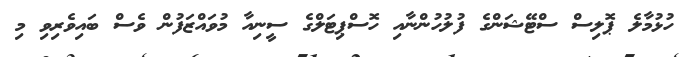
ހުޅުމާލެ ޕޮލިސް ސްޓޭޝަންގެ ފުލުހުންނާއި ހޮސްޕިޓަލްގެ ސީނިއާ މުވައްޒަފުން ވެސް ބައިވެރިވި މި